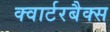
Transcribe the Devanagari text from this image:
क्वार्टरबैक्स